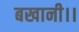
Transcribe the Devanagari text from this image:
बखानी।।